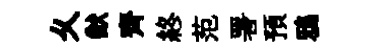
乆猷齊終范署預鴉